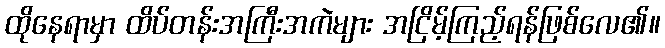
ထိုနေရာမှာ ထိပ်တန်းအကြီးအကဲများ အငြိမ့်ကြည့်ရန်ဖြစ်လေ၏။